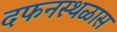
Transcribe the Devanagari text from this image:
दफनस्थळास